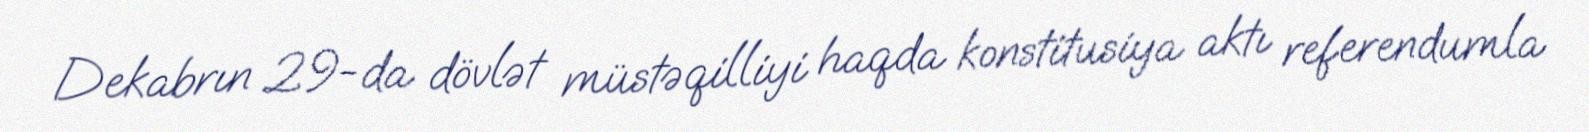
Dekabrın 29-da dövlət müstəqilliyi haqda konstitusiya aktı referendumla